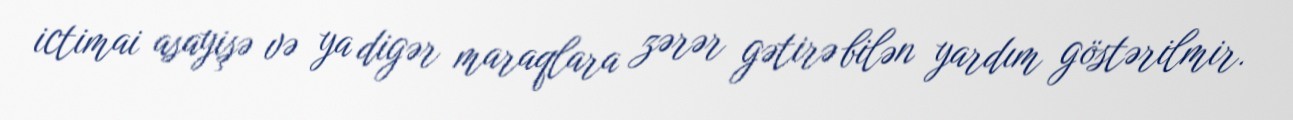
ictimai asayişə və ya digər maraqlara zərər gətirə bilən yardım göstərilmir.